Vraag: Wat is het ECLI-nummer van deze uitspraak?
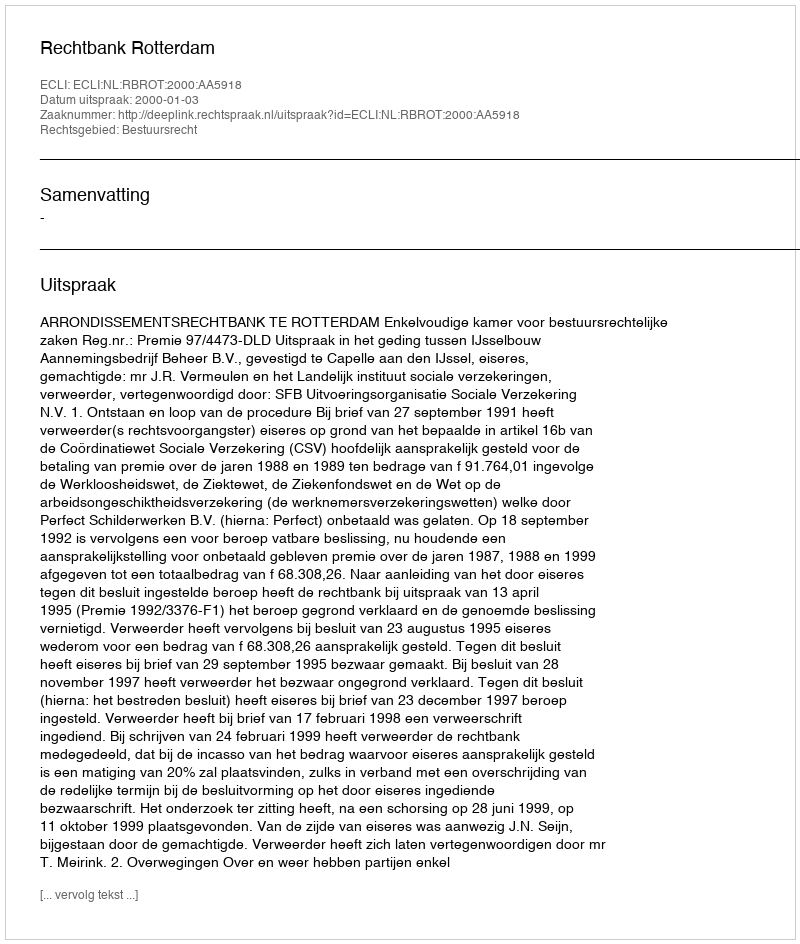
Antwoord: ECLI:NL:RBROT:2000:AA5918